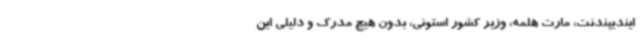
ایندیپندنت، مارت هلمه، وزیر کشور استونی، بدون هیچ مدرک و دلیلی این